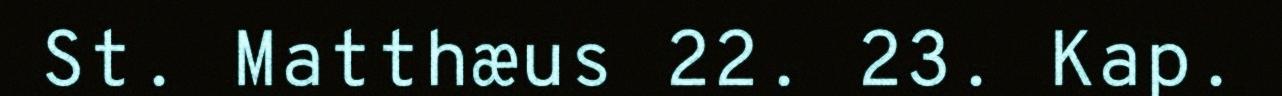
St. Matthæus 22. 23. Kap.